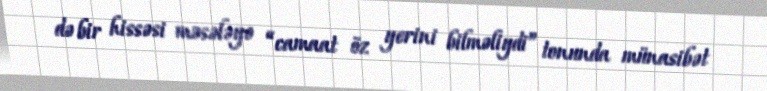
də bir hissəsi məsələyə “camaat öz yerini bilməliydi” tonunda münasibət